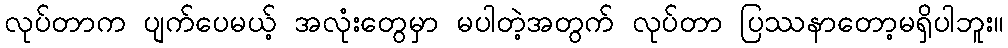
လုပ်တာက ပျက်ပေမယ့် အလုံးတွေမှာ မပါတဲ့အတွက် လုပ်တာ ပြဿနာတော့မရှိပါဘူး။